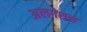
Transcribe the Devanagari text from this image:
अलगेशन